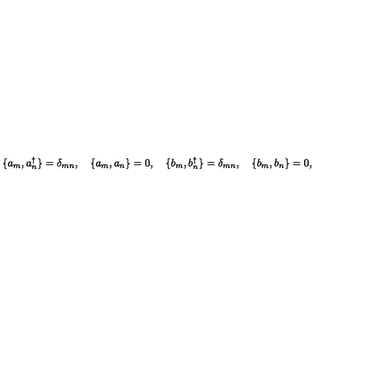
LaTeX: \{ a _ { m } , a _ { n } ^ { \dagger } \} = \delta _ { m n } , \quad \{ a _ { m } , a _ { n } \} = 0 , \quad \{ b _ { m } , b _ { n } ^ { \dagger } \} = \delta _ { m n } , \quad \{ b _ { m } , b _ { n } \} = 0 ,